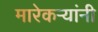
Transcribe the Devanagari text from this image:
मारेकऱ्यांनी